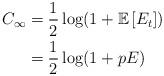
LaTeX: \begin{align*} C_{\infty} & = \frac{1}{2}\log(1 + \mathbb{E}\left[ E_t \right] ) \\ & = \frac{1}{2}\log(1 + pE) \end{align*}